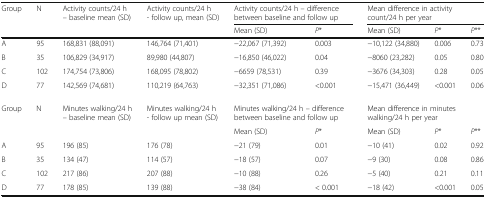
| <ROWSPAN=2> Group | <ROWSPAN=2> N | <ROWSPAN=2> Activity counts/24 h– baseline mean (SD) | <ROWSPAN=2> Activity counts/24 h- follow up, mean (SD) | <COLSPAN=2> Activity counts/24 h – difference between baseline and follow up | <COLSPAN=3> Mean difference in activity count/24 h per year |
 | Mean (SD) | P* | Mean (SD) | P* | P** |
 | --- | --- | --- | --- | --- | --- | --- | --- | --- |
 | A | 95 | 168,831 (88,091) | 146,764 (71,401) | −22,067 (71,392) | 0.003 | −10,122 (34,880) | 0.006 | 0.73 |
 | B | 35 | 106,829 (34,917) | 89,980 (44,807) | −16,850 (46,022) | 0.04 | −8060 (23,282) | 0.05 | 0.80 |
 | C | 102 | 174,754 (73,806) | 168,095 (78,802) | −6659 (78,531) | 0.39 | −3676 (34,303) | 0.28 | 0.05 |
 | D | 77 | 142,569 (74,681) | 110,219 (64,763) | −32,351 (71,086) | <0.001 | −15,471 (36,449) | <0.001 | 0.06 |
 | <ROWSPAN=2> Group | <ROWSPAN=2> N | <ROWSPAN=2> Minutes walking/24 h– baseline mean (SD) | <ROWSPAN=2> Minutes walking/24 h- follow up mean (SD) | <COLSPAN=2> Minutes walking/24 h – difference between baseline and follow up | <COLSPAN=3> Mean difference in minutes walking/24 h per year |
 | Mean (SD) | P* | Mean (SD) | P* | P** |
 | A | 95 | 196 (85) | 176 (78) | −21 (79) | 0.01 | −10 (41) | 0.02 | 0.92 |
 | B | 35 | 134 (47) | 114 (57) | −18 (57) | 0.07 | −9 (30) | 0.08 | 0.86 |
 | C | 102 | 217 (86) | 207 (88) | −10 (88) | 0.26 | −5 (40) | 0.21 | 0.11 |
 | D | 77 | 178 (85) | 139 (88) | −38 (84) | < 0.001 | −18 (42) | <0.001 | 0.05 |